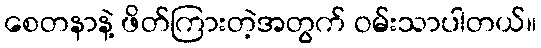
စေတနာနဲ့ ဖိတ်ကြားတဲ့အတွက် ဝမ်းသာပါတယ်။